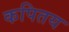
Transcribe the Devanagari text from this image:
कपितय